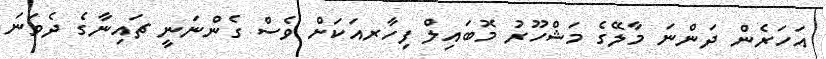
އަހަރެން ދަންނަ މާލޭގެ މަޝްހޫރު މޮބައިލް ފިހާރއަކަށް ވެސް ގެންނަނީ ޗައިނާގެ ދެވަނަ